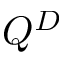
Q ^ { D }